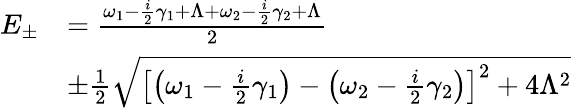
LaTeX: \begin{array}{rl}{E_{\pm}}&{=\frac{\omega_{1}-\frac{i}{2}\gamma_{1}+\Lambda+\omega_{2}-\frac{i}{2}\gamma_{2}+\Lambda}{2}}\\ &{\pm\frac{1}{2}\sqrt{\left[\left(\omega_{1}-\frac{i}{2}\gamma_{1}\right)-\left(\omega_{2}-\frac{i}{2}\gamma_{2}\right)\right]^{2}+4\Lambda^{2}}}\end{array}